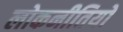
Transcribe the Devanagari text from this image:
लोकनीतियों